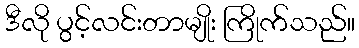
ဒီလို ပွင့်လင်းတာမျိုး ကြိုက်သည်။